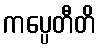
ကပ္ပေတီတိ